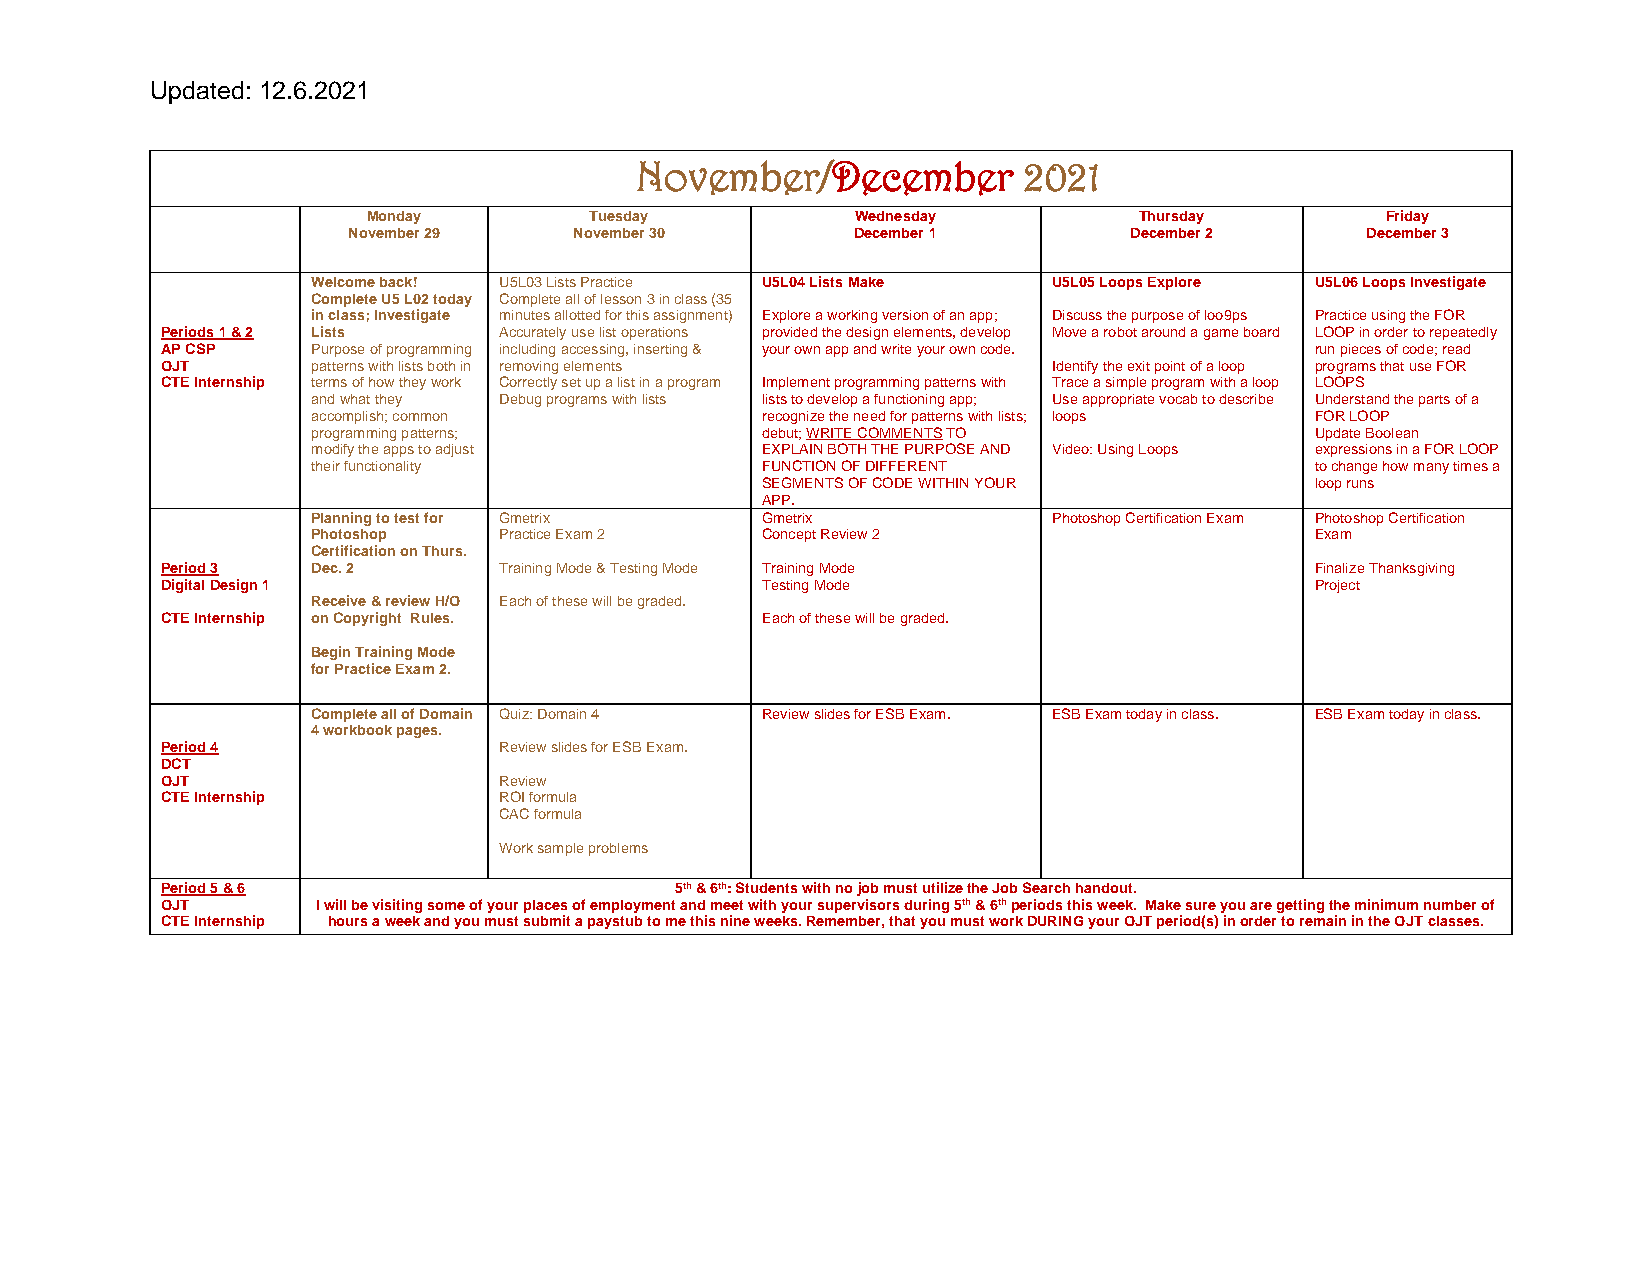
Updated: 12.6.2021
 November/December         2021
 Monday         Tuesday           Wednesday         Thursday         Friday
 November 29    November 30        December 1        December 2     December 3
 Welcome back! U5L03 Lists Practice U5L04 Lists Make U5L05 Loops Explore U5L06 Loops Investigate
 Complete U5 L02 today Complete all of lesson 3 in class (35
 in class; Investigate minutes allotted for this assignment) Explore a working version of an app; Discuss the purpose of loo9ps Practice using the FOR
 Periods 1 & 2 Lists   Accurately use list operations provided the design elements, develop Move a robot around a game board LOOP in order to repeatedly
 AP CSP    Purpose of programming including accessing, inserting & your own app and write your own code. run pieces of code; read
 OJT       patterns with lists both in removing elements    Identify the exit point of a loop programs that use FOR
 CTE Internship terms of how they work Correctly set up a list in a program Implement programming patterns with Trace a simple program with a loop LOOPS
 and what they Debug programs with lists lists to develop a functioning app; Use appropriate vocab to describe Understand the parts of a
 accomplish; common           recognize the need for patterns with lists; loops FOR LOOP
 programming patterns;        debut; WRITE COMMENTS TO             Update Boolean
 modify the apps to adjust    EXPLAIN BOTH THE PURPOSE AND Video: Using Loops expressions in a FOR LOOP
 their functionality          FUNCTION OF DIFFERENT                to change how many times a
 SEGMENTS OF CODE WITHIN YOUR         loop runs
 APP.
 Planning to test for Gmetrix Gmetrix             Photoshop Certification Exam Photoshop Certification
 Photoshop   Practice Exam 2  Concept Review 2                     Exam
 Certification on Thurs.
 Period 3  Dec. 2      Training Mode & Testing Mode Training Mode            Finalize Thanksgiving
 Digital Design 1                       Testing Mode                         Project
 Receive & review H/O Each of these will be graded.
 CTE Internship on Copyright Rules.     Each of these will be graded.
 Begin Training Mode
 for Practice Exam 2.
 Complete all of Domain Quiz: Domain 4 Review slides for ESB Exam. ESB Exam today in class. ESB Exam today in class.
 4 workbook pages.
 Period 4              Review slides for ESB Exam.
 DCT
 OJT                   Review
 CTE Internship        ROI formula
 CAC formula
 Work sample problems
 Period 5 & 6                      5th & 6th: Students with no job must utilize the Job Search handout.
 OJT       I will be visiting some of your places of employment and meet with your supervisors during 5th & 6th periods this week. Make sure you are getting the minimum number of
 CTE Internship hours a week and you must submit a paystub to me this nine weeks. Remember, that you must work DURING your OJT period(s) in order to remain in the OJT classes.